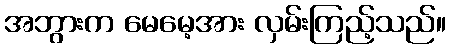
အဘွားက မေမေ့အား လှမ်းကြည့်သည်။